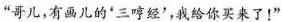
”哥儿，有画儿的'三哼经'，我给你买来了！”